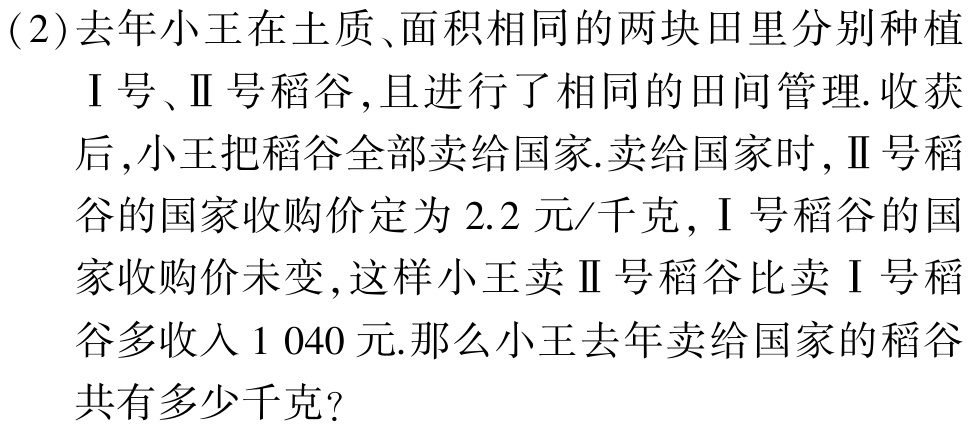
(2)去年小王在土质、面积相同的两块田里分别种植
Ⅰ号、Ⅱ号稻谷,且进行了相同的田间管理.收获
后,小王把稻谷全部卖给国家.卖给国家时,Ⅱ号稻
谷的国家收购价定为$2.2$元/千克,Ⅰ号稻谷的国
家收购价未变,这样小王卖Ⅱ号稻谷比卖Ⅰ号稻
谷多收入$1\ 040$元.那么小王去年卖给国家的稻谷
共有多少千克?